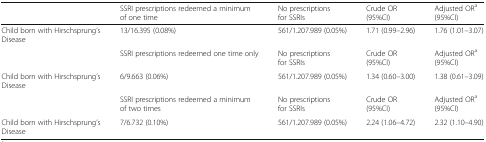
<table><thead><tr><td></td><td><b>SSRI prescriptions redeemed a minimum of one time</b></td><td><b>No prescriptions for SSRIs</b></td><td><b>Crude OR (95%CI)</b></td><td><b>Adjusted OR<sup>a</sup> (95%CI)</b></td></tr></thead><tbody><tr><td>Child born with Hirschsprung’s Disease</td><td>13/16.395 (0.08%)</td><td>561/1.207.989 (0.05%)</td><td>1.71 (0.99–2.96)</td><td>1.76 (1.01–3.07)</td></tr><tr><td></td><td>SSRI prescriptions redeemed one time only</td><td>No prescriptions for SSRIs</td><td>Crude OR (95%CI)</td><td>Adjusted OR<sup>a</sup> (95%CI)</td></tr><tr><td>Child born with Hirschsprung’s Disease</td><td>6/9.663 (0.06%)</td><td>561/1.207.989 (0.05%)</td><td>1.34 (0.60–3.00)</td><td>1.38 (0.61–3.09)</td></tr><tr><td></td><td>SSRI prescriptions redeemed a minimum of two times</td><td>No prescriptions for SSRIs</td><td>Crude OR (95%CI)</td><td>Adjusted OR<sup>a</sup> (95%CI)</td></tr><tr><td>Child born with Hirschsprung’s Disease</td><td>7/6.732 (0.10%)</td><td>561/1.207.989 (0.05%)</td><td>2.24 (1.06–4.72)</td><td>2.32 (1.10–4.90)</td></tr></tbody></table>